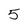
Character: 5